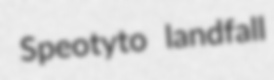
Speotyto landfall